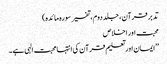
تدبر قرآن، جلد دوم، تفسیر سورہ مائدہ)
محبت اور اخلاص
’’ایمان اور تعلیم قرآن کی انتہا محبت الہی ہے۔